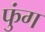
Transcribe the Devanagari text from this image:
फुंग